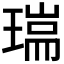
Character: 𤨈